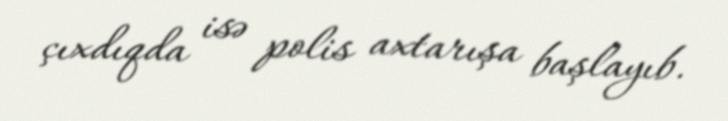
çıxdıqda isə polis axtarışa başlayıb.